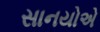
સાનયોએ